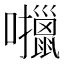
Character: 𫬶